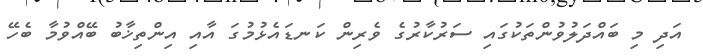
އަދި މި ބައްދަލުވުންތަކުގައި ސަރުކާރުގެ ވެރިން ކަނޑައެޅުމުގަ އާއި އިންތިޚާބު ބޭއްވުމާ ބެހޭ